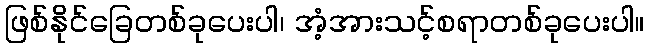
ဖြစ်နိုင်ခြေတစ်ခုပေးပါ၊ အံ့အားသင့်စရာတစ်ခုပေးပါ။